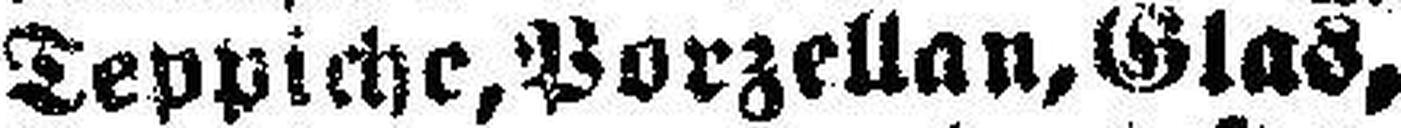
Teppiche, Porzellan, Glas,